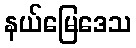
နယ်မြေဒေသ